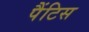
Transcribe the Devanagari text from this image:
पैंटिस